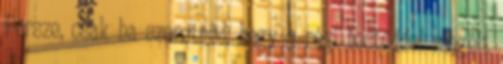
Persze, csak ha szeretnéd, hogy a régi testeddel megélt